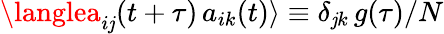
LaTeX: \langlea_{i\mathit{j}}(t+\tau)\, a_{ik}(t)\rangle\equiv\delta_{\mathit{j}k}\, g(\tau)/N